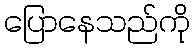
ပြောနေသည်ကို